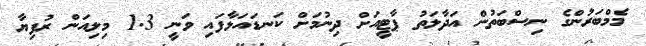
މެމްބަރުންގެ ނިސްބަތުން އަދާލަތު ޕާޓީއަށް ދިނުމަށް ކަނޑައަޅާފައި ވަނީ 1.3 މިލިއަން ރުފިޔާ